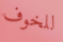
للخوف